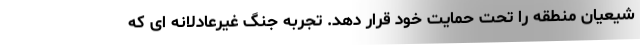
شیعیان منطقه را تحت حمایت خود قرار دهد. تجربه جنگ غیرعادلانه ای که